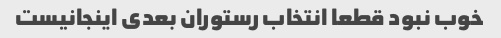
خوب نبود قطعا انتخاب رستوران بعدی اینجانیست